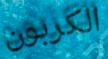
الكربون